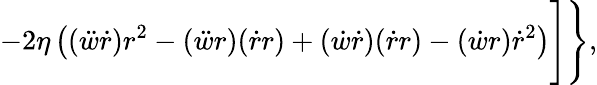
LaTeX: -2\eta\left((\ddot{w}\dot{r})r^{2}-(\ddot{w}r)(\dot{r}r)+(\dot{w}\dot{r})(\dot{r}r)-(\dot{w}r)\dot{r}^{2}\right)\Biggr]\Biggr\} ,